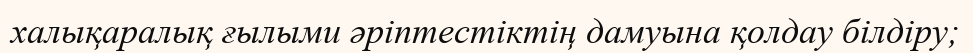
халықаралық ғылыми әріптестіктің дамуына қолдау білдіру;